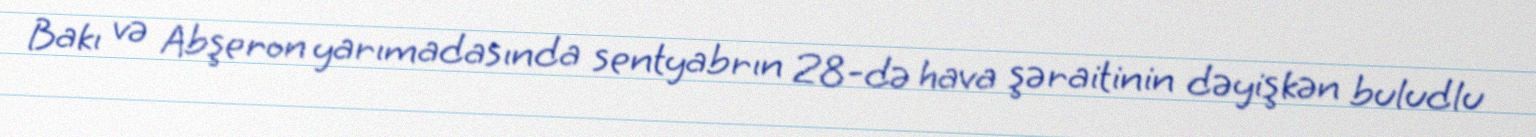
Bakı və Abşeron yarımadasında sentyabrın 28-də hava şəraitinin dəyişkən buludlu